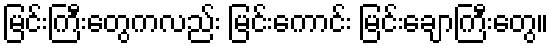
မြင်းကြီးတွေကလည်း မြင်းကောင်း မြင်းချောကြီးတွေ။